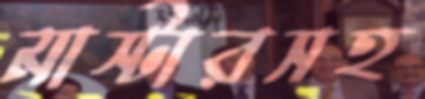
মাস্টারসহ